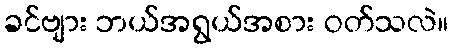
ခင်ဗျား ဘယ်အရွယ်အစား ဝတ်သလဲ။